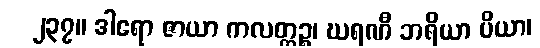
၂၃၇။ ဒါရော ဇာယာ ကလတ္တဉ္စ၊ ဃရဏီ ဘရိယာ ပိယာ၊